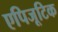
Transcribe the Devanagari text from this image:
एपिजूटिक